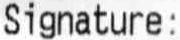
SIGNATURE :